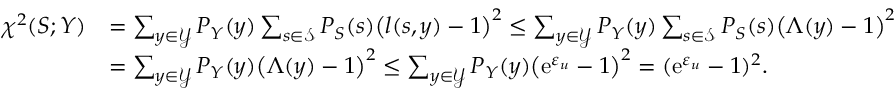
\begin{array} { r l } { \chi ^ { 2 } ( S ; Y ) } & { = \sum _ { y \in \mathcal { Y } } P _ { Y } ( y ) \sum _ { s \in \mathcal { S } } P _ { S } ( s ) \big ( l ( s , y ) - 1 \big ) ^ { 2 } \leq \sum _ { y \in \mathcal { Y } } P _ { Y } ( y ) \sum _ { s \in \mathcal { S } } P _ { S } ( s ) \big ( \Lambda ( y ) - 1 \big ) ^ { 2 } } \\ & { = \sum _ { y \in \mathcal { Y } } P _ { Y } ( y ) \big ( \Lambda ( y ) - 1 \big ) ^ { 2 } \leq \sum _ { y \in \mathcal { Y } } P _ { Y } ( y ) \big ( \mathrm { e } ^ { \varepsilon _ { u } } - 1 \big ) ^ { 2 } = ( \mathrm { e } ^ { \varepsilon _ { u } } - 1 ) ^ { 2 } . } \end{array}